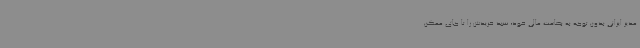
مدیر ایرانی بدون توجه به بضاعت مالی خود، سبد خریدش را تا جای ممکن